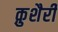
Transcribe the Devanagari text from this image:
क़ुशैरी